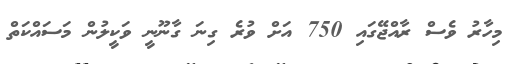
މިހާރު ވެސް ރާއްޖޭގައި 750 އަށް ވުރެ ގިނަ ގާނޫނީ ވަކީލުން މަސައްކަތް